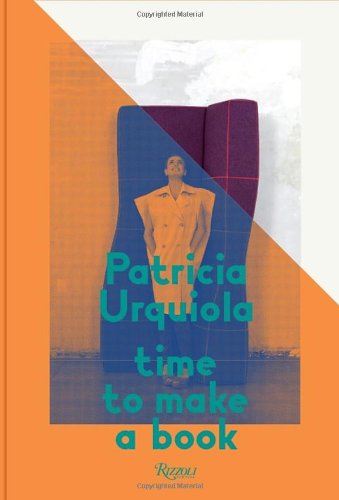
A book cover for Patricia Urquiola: Time to Make a Book; Patricia Urquiola; Arts & Photography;